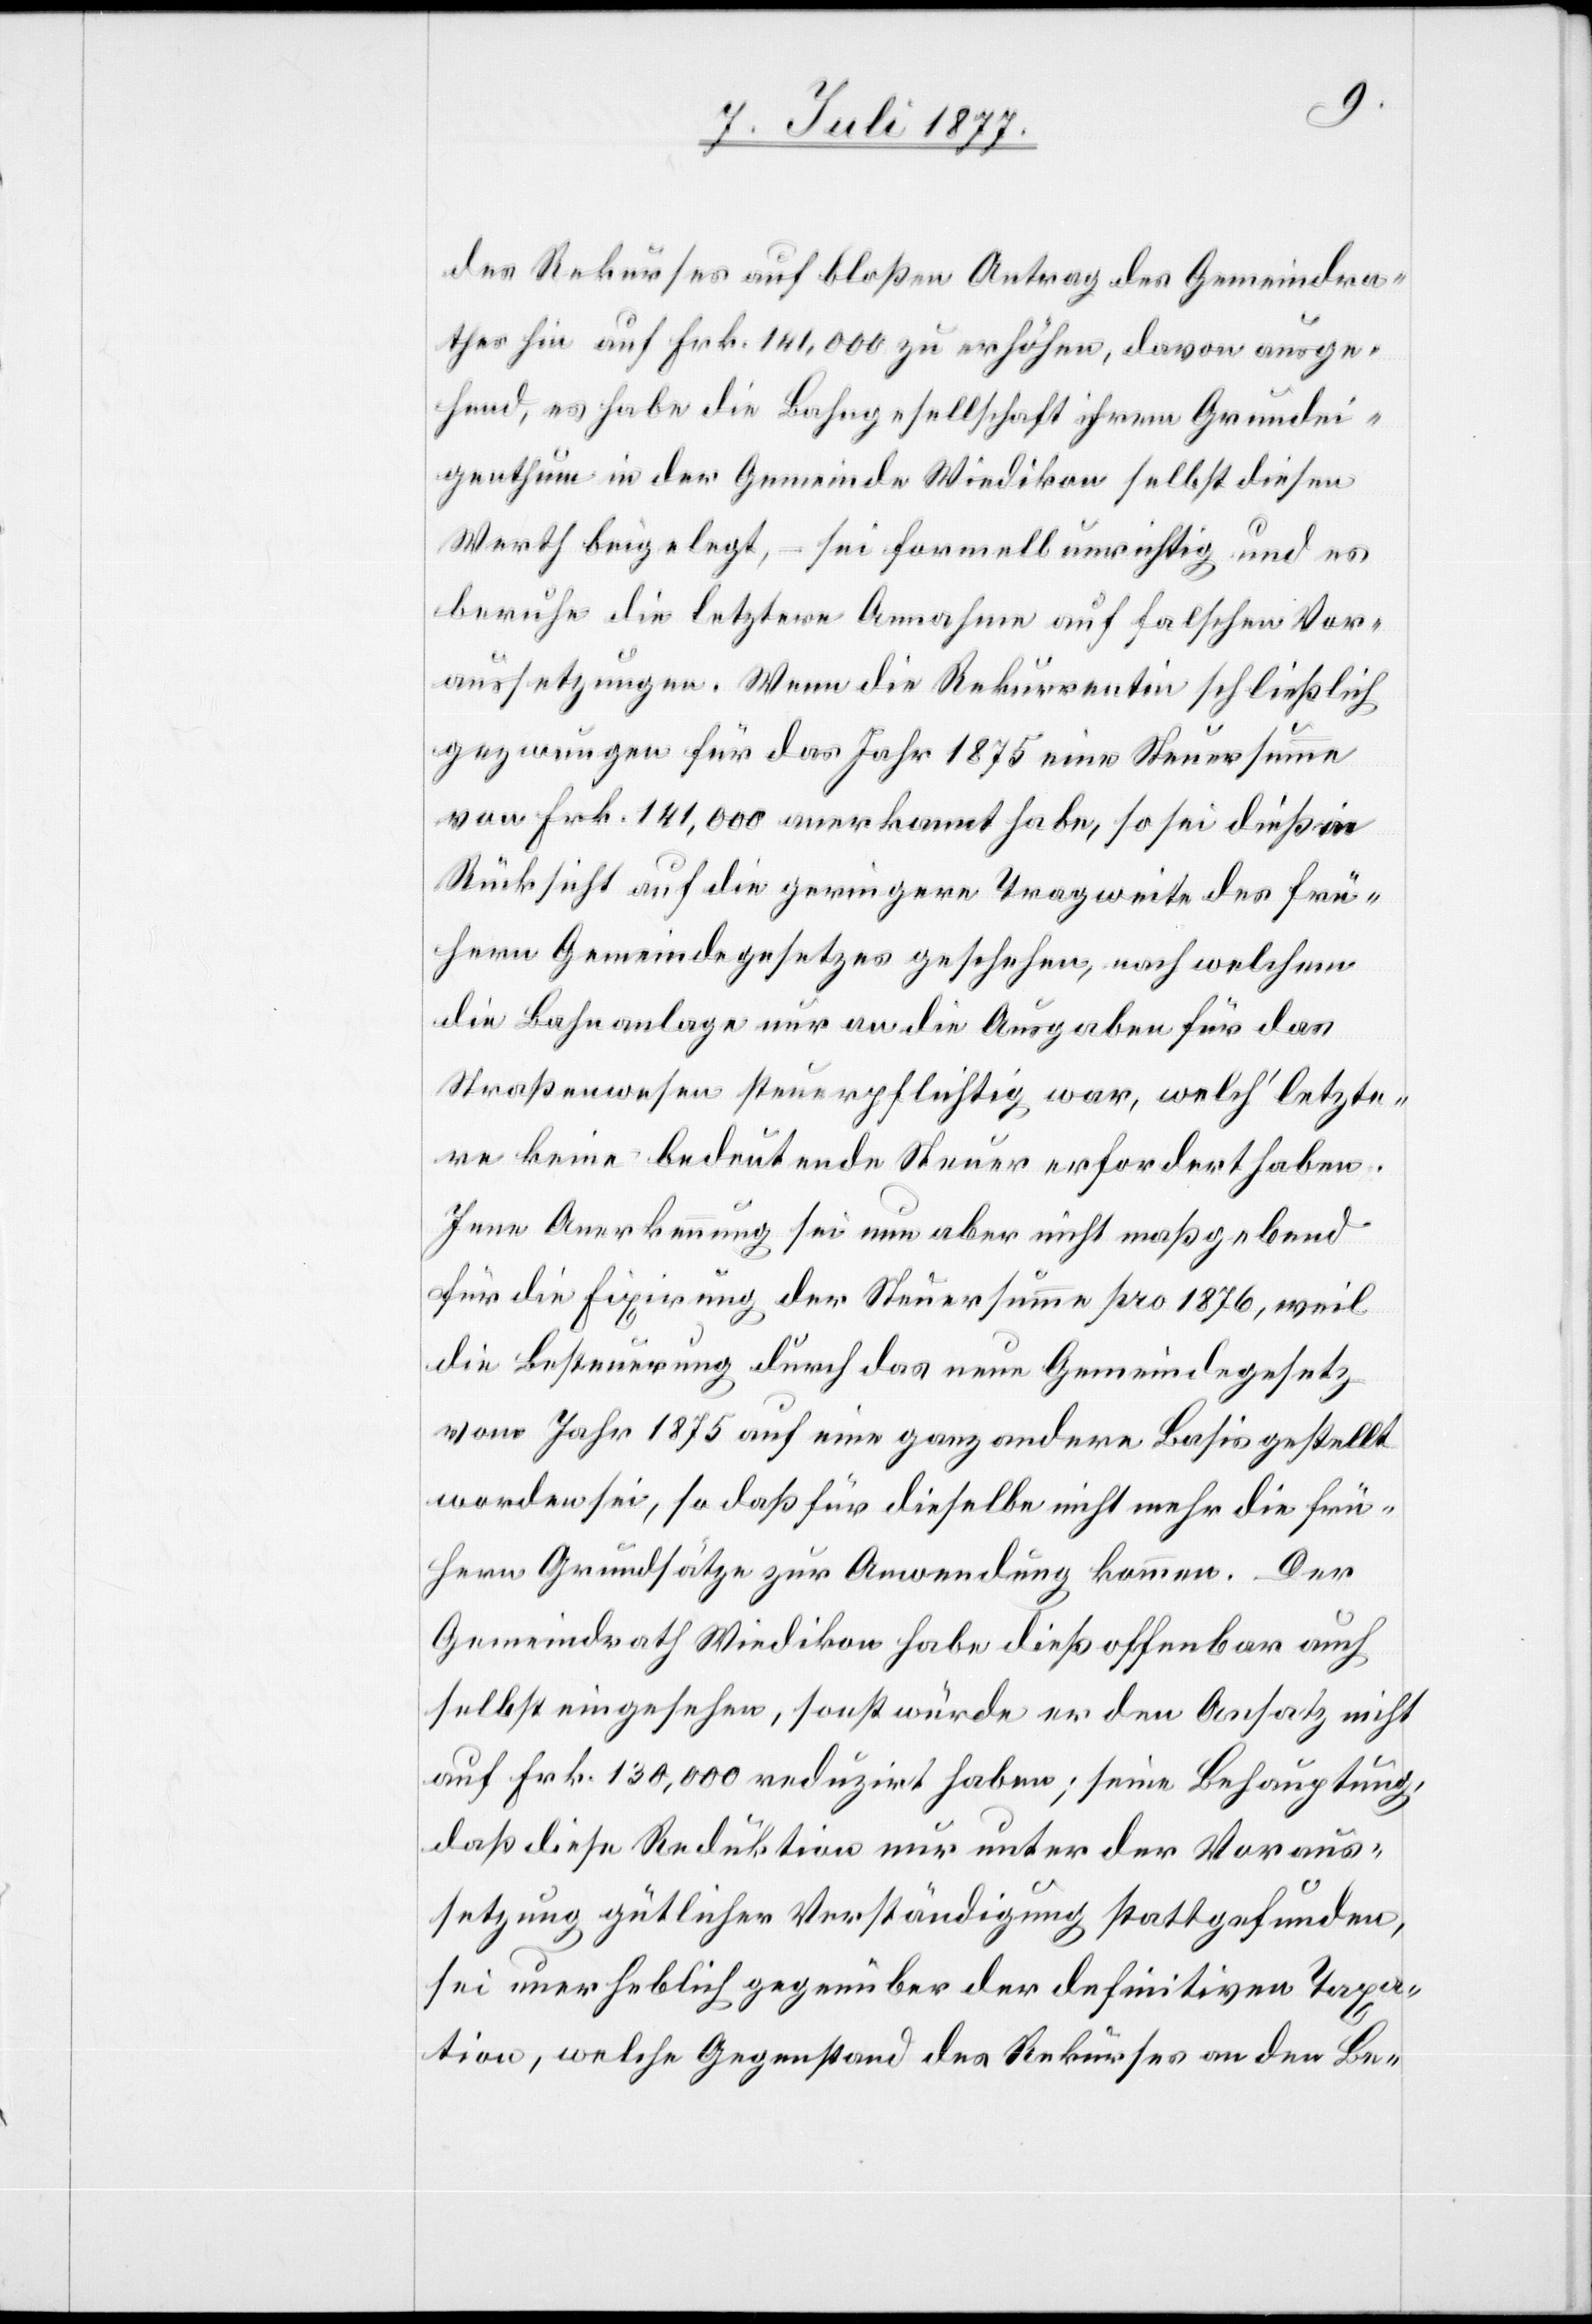
des Rekurses auf bloßen Antrag des Gemeindra¬
thes hin auf Frk. 141,000 zu erhöhen, davon ausge¬
hend, es habe die Bahngesellschaft ihrem Grundei¬
genthum in der Gemeinde Wiedikon selbst diesen
Werth beigelegt, – sei formell unrichtig und es
beruhe die letztere Annahme auf falschen Vor¬
aussetzungen. Wenn die Rekurrentin schließlich
gezwungen für das Jahr 1875 eine Steuersumme
von Frk. 141,000 anerkannt habe, so sei dieß in
Rücksicht auf die geringere Tragweite des frü¬
hern Gemeindegesetzes geschehen, nach welchem
die Bahnanlage nur an die Ausgaben für das
Straßenwesen steuerpflichtig war, welch‘ letzte¬
re keine bedeutende Steuer erfordert haben.
Jene Anerkennung sei nun aber nicht maßgebend
für die Fixirung der Steuersumme pro 1876, weil
die Besteuerung durch das neue Gemeindegesetz
vom Jahr 1875 auf eine ganz andere Basis gestellt
worden sei, so daß für dieselbe nicht mehr die frü¬
hern Grundsätze zur Anwendung kommen. Der
Gemeindrath Wiedikon habe dieß offenbar auch
selbst eingesehen, sonst würde er den Ansatz nicht
auf Frk. 130,000 reduzirt haben; seine Behauptung,
daß diese Reduktion nur unter der Voraus¬
setzung gütlicher Verständigung stattgefunden,
sei unerheblich gegenüber der definitiven Taxa¬
tion, welche Gegenstand des Rekurses an den Be-